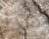
هذا